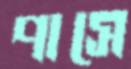
পাসে